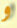
و